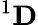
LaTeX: ^{1}\mathbf{D}